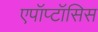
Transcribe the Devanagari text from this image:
एपॉप्टॉसिस